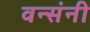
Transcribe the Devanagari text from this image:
वन्संनी